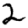
Digit: 2